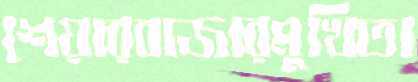
শেয়ারবাজারমুখিতা